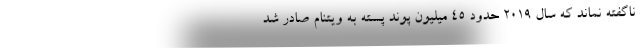
ناگفته نماند که سال 2019 حدود 45 میلیون پوند پسته به ویتنام صادر شد